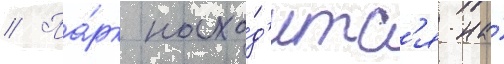
// Па́рк нахо́д'итс'я на́